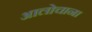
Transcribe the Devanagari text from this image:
आलोचाना